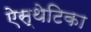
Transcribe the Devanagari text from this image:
ऐस्थेटिका